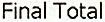
FINAL TOTAL